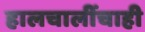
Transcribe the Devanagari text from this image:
हालचालींचाही